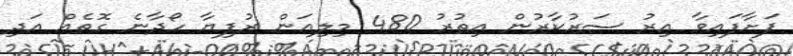
ފަށާފައިވާ އިރު ސަރުކާރުން އިތުރު 480 މިލިއަން ރުފިޔާ ހޯދާނެ ގޮތެއް އަދި